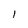
Character: 1